Indian Civil Veterinary Department memoirs
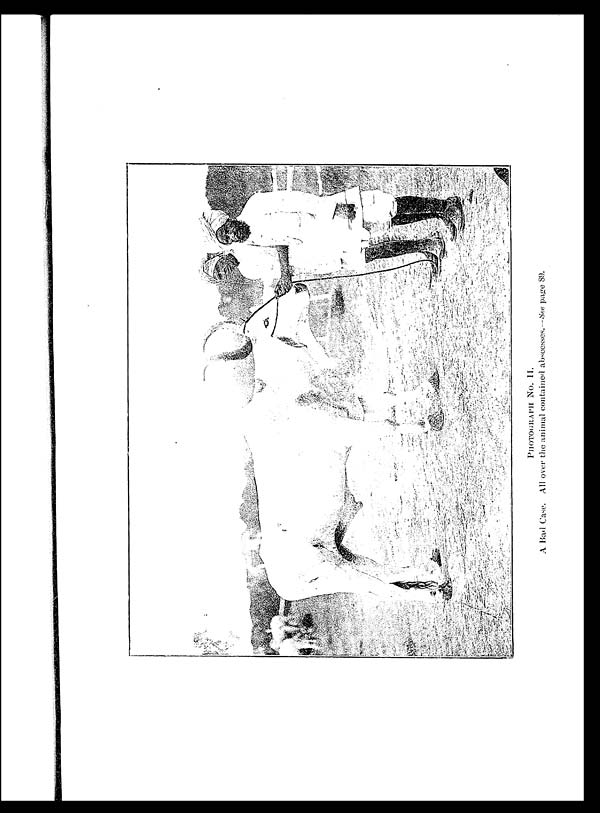
PHOTOGRAPH No. II.
A Bad Case. All over the animal contained abscesses. —See page 89.